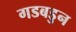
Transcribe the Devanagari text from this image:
गडबडुन